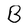
Character: B